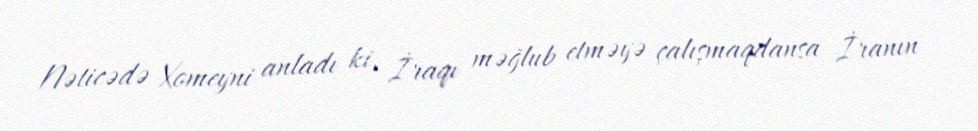
Nəticədə Xomeyni anladı ki, İraqı məğlub etməyə çalışmaqdansa İranın